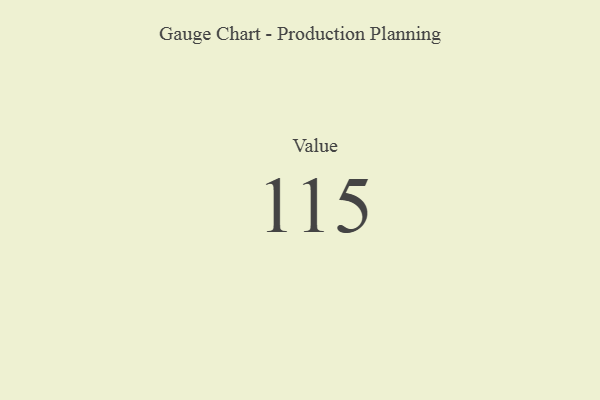
{"axis": {"x": "Metric", "y": "Value"}, "legend": [""], "data": [{"x": "Value", "y": 115, "type": ""}]}